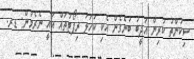
ސިކުންތު ކުރިން އަދީބު ބުނެގެން އެކި ކަހަލަ ރިޕޯޓުތައް އައީ ނެރެމުން: ޑރ.